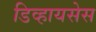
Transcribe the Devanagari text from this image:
डिव्हायसेस